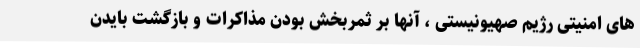
های امنیتی رژیم صهیونیستی ، آنها بر ثمربخش بودن مذاکرات و بازگشت بایدن